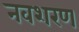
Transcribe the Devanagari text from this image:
नवशरण